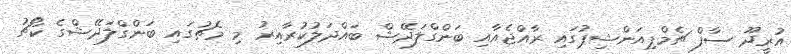
އުރީދޫ ސާފް ޗެމްޕިއަންޝިޕުގައި ރާއްޖެއާއި ބަންގްލަދޭޝް ބައްދަލުކުރާއިރު މި މެޗުގައި ބަންގްލަދޭޝްގެ ކޯޗު